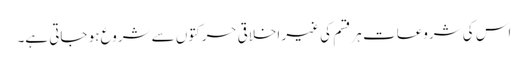
اس کی شروعات ہر قسم کی غیر اخلاقی حرکتوں سے شروع ہو جاتی ہے۔